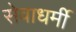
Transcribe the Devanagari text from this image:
सेवाधर्मी